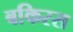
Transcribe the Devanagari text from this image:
बकिरस